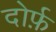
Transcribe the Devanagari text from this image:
दोर्फ़